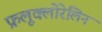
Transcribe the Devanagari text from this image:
फ्रलूक्लोरेलिन